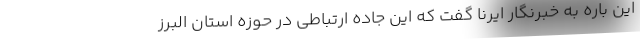
این باره به خبرنگار ایرنا گفت که این جاده ارتباطی در حوزه استان البرز